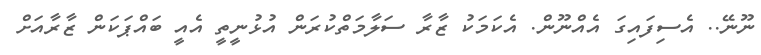
ނޫނޭ.. އެސިފައިގަަ އެއްނޫން. އެކަމަކުު ޒާރާ ސަލާމަތްކުރަން އުޅުނީތީ އެއީ ބައްޕަކަން ޒާރާއަށް